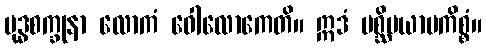
ဗုဒ္ဓစက္ခုနာ လောကံ ဝေါလောကေတိ။ ဣဒံ ပစ္ဆိမယာမကိစ္စံ။